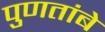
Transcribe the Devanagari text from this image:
पुणतांबे